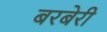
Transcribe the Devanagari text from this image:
बरबेरी